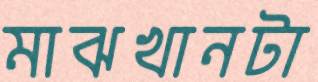
মাঝখানটা